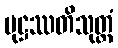
မုဋ္ဌဿတိသုတ္တံ